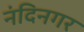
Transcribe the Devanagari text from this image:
नंदिनगर